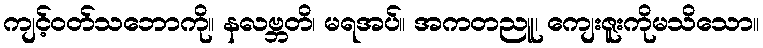
ကျင့်ဝတ်သဘောကို။ နလဗ္ဘတိ၊ မရအပ်။ အကတညူ၊ ကျေးဇူးကိုမသိသော။